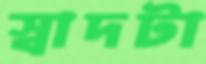
স্বাদটা